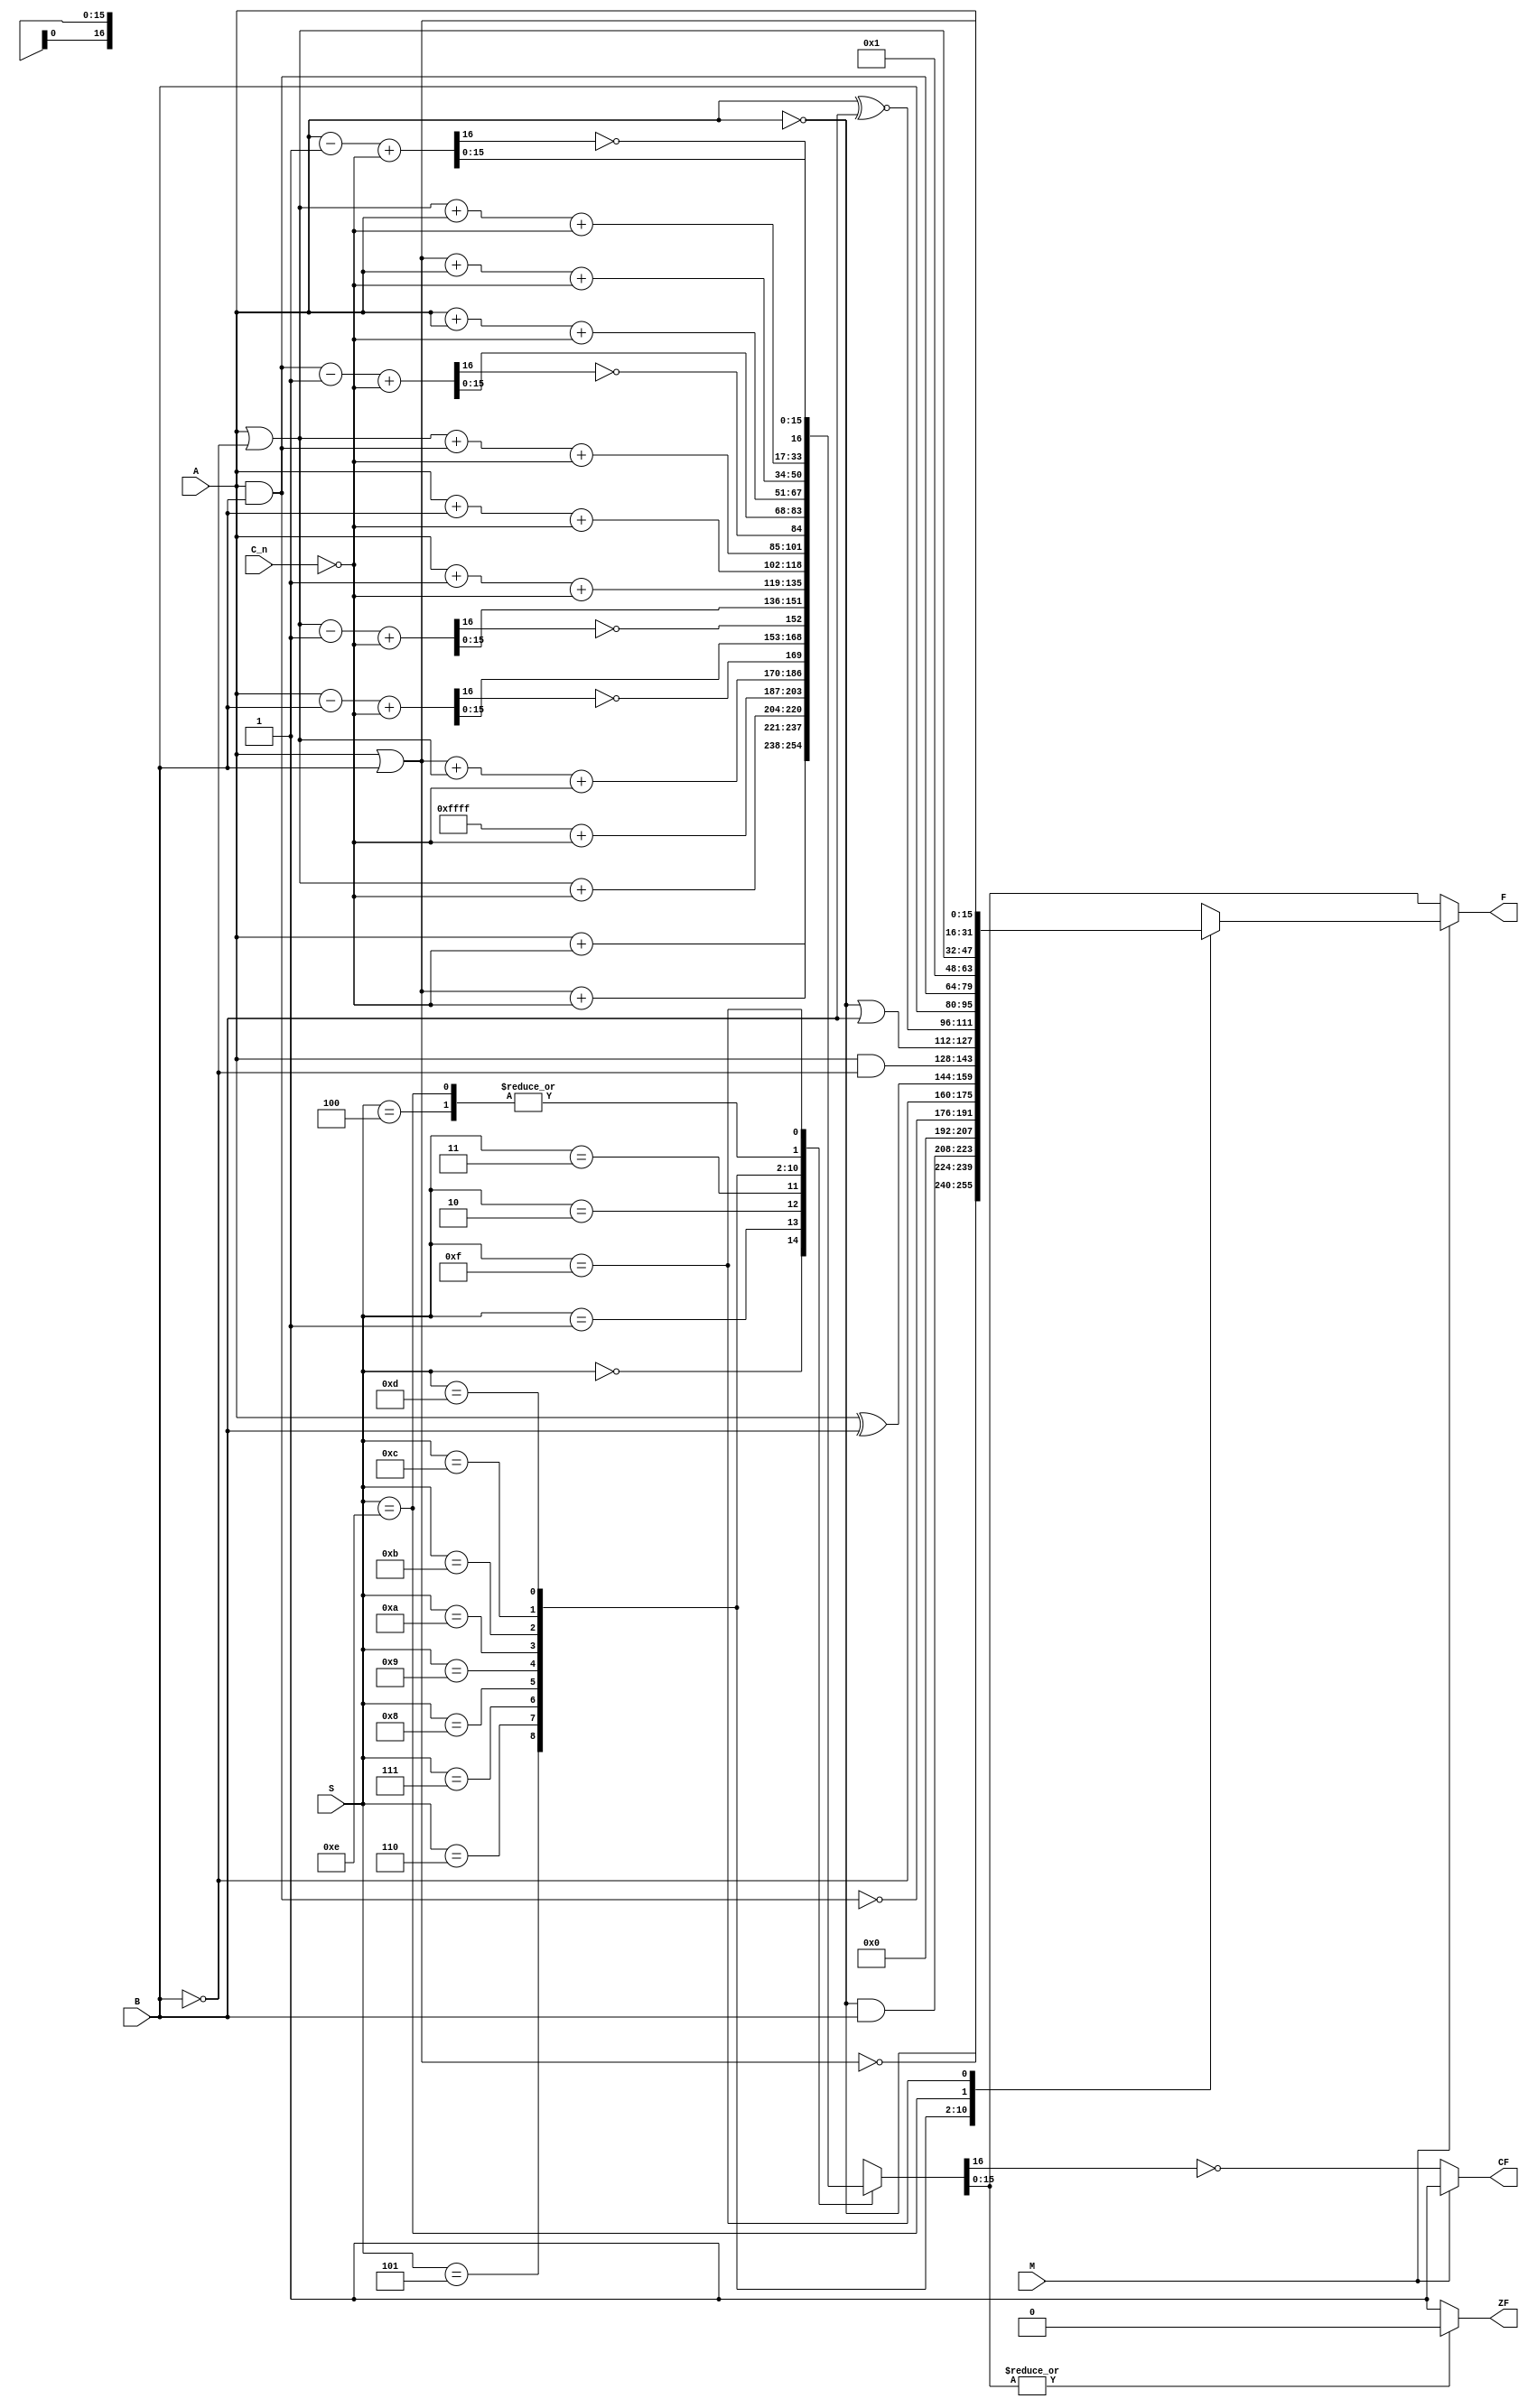
`timescale 1ns / 1ps
//////////////////////////////////////////////////////////////////////////////////
// Company: 
// Engineer: 
// 
// Design Name: 
// Module Name: alu
// Project Name: 
// Target Devices: 
// Tool Versions: 
// Description: 
// 
// Dependencies: 
// 
// Revision:
// Revision 0.01 - File Created
// Additional Comments:
// 
//////////////////////////////////////////////////////////////////////////////////


module alu(
            input [15:0] A,
            input [15:0] B,
            input C_n,
            input M,
            input [3:0] S,
            
            output [15:0] F,
            output CF,
            output ZF
    );
reg[15:0] data_o_logic;
    reg[16:0] data_o_arith;
    reg[16:0] data_sub_tmp;
    wire[15:0] C_n_arith;
    
    assign F = M ? data_o_logic:
                   data_o_arith[15:0];
    assign CF = M ? 1'b1:
                    (~data_o_arith[16]);
    assign ZF = (|data_o_arith[15:0]) ? 1'b0:
                                        1'b1;
    assign C_n_arith = {15'b0,(~C_n)};
    
    always@(A,B,S,M)
    begin
        case(S)
            4'b0000: data_o_logic = ~A;
            4'b0001: data_o_logic = ~(A|B);
            4'b0010: data_o_logic = (~A)&B;
            4'b0011: data_o_logic = 16'b0;
            4'b0100: data_o_logic = ~(A&B);
            4'b0101: data_o_logic = ~B;
            4'b0110: data_o_logic = A^B;
            4'b0111: data_o_logic = A&(~B);
            4'b1000: data_o_logic = (~A)|B;
            4'b1001: data_o_logic = A^~B;
            4'b1010: data_o_logic = B;
            4'b1011: data_o_logic = A&B;
            4'b1100: data_o_logic = 16'b0000_0000_0000_0001;
            4'b1101: data_o_logic = A|(~B);
            4'b1110: data_o_logic = A|B;
            4'b1111: data_o_logic = A;
            default: data_o_logic = 16'b0;
        endcase
    end
    
    always@(A,B,S,M,C_n_arith)
    begin
        case(S)
            4'b0000: data_o_arith = {1'b0,A} + C_n_arith;
            4'b0001: data_o_arith = {1'b0,A|B} + C_n_arith;
            4'b0010: data_o_arith = {1'b0,A|(~B)} + C_n_arith;
            4'b0011: data_o_arith = 17'b0_1111_1111_1111_1111 + C_n_arith;
            4'b0100: data_o_arith = {1'b0,A}+{1'b0,A|(~B)}+C_n_arith;
            4'b0101: data_o_arith = {1'b0,A|B}+{1'b0,A|(~B)}+C_n_arith;
            4'b0110: begin
                     data_sub_tmp = {1'b0,A}-{1'b0,B}+C_n_arith;
                     data_o_arith = {(~data_sub_tmp[16]),data_sub_tmp[15:0]};
                     end
            4'b0111: begin
                     data_sub_tmp = {1'b0,A|(~B)}-1+C_n_arith;
                     data_o_arith = {(~data_sub_tmp[16]),data_sub_tmp[15:0]};
                     end
            4'b1000: data_o_arith = {1'b0,A}+1 +C_n_arith;
            4'b1001: data_o_arith = {1'b0,A}+{1'b0,B}+C_n_arith;
            4'b1010: data_o_arith = {1'b0,A|(~B)} +{1'b0,A&B}+C_n_arith;
            4'b1011: begin
                     data_sub_tmp = {1'b0,A&B}-1+C_n_arith;
                     data_o_arith = {(~data_sub_tmp[16]),data_sub_tmp[15:0]};
                     end
            4'b1100: data_o_arith = {1'b0,A}+{1'b0,A}+C_n_arith;
            4'b1101: data_o_arith = {1'b0,A|B}+{1'b0,A}+C_n_arith;
            4'b1110: data_o_arith = {1'b0,A|(~B)}+{1'b0,A}+C_n_arith;
            4'b1111: begin
                     data_sub_tmp = {1'b0,A}-1'b1+C_n_arith;
                     data_o_arith = {(~data_sub_tmp[16]),data_sub_tmp[15:0]};
                     end
            default: data_o_arith = 17'b0;
        endcase
          
    end
endmodule